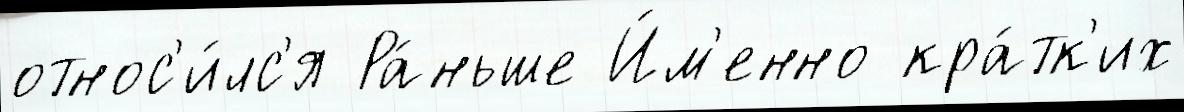
относ'и́лс'я Ра́ньше И́м'енно кра́тк'их